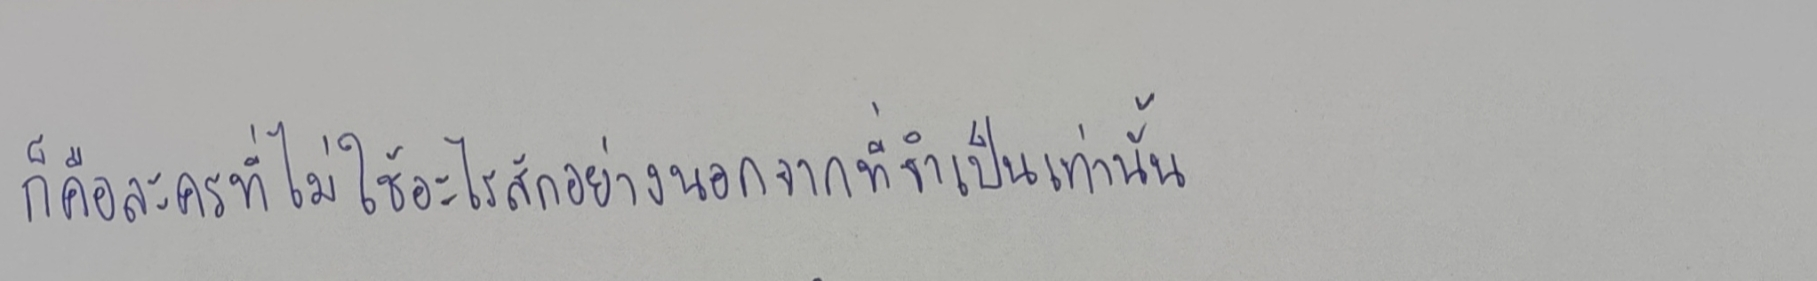
ก็คือละครที่ไม่ใช้อะไรสักอย่างนอกจากที่จำเป็นเท่านั้น